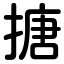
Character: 搪